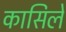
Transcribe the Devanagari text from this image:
कासिले